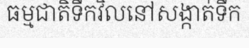
ធម្មជាតិទឹកវិលនៅសង្កាត់ទឹក